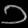
Digit: ၁